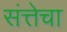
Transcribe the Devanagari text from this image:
संत्तेचा